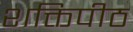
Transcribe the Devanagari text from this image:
शक्तिपीठ